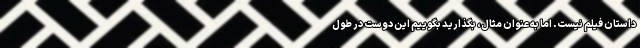
داستان فیلم نیست. اما به عنوان مثال، بگذارید بگوییم این دوست در طول